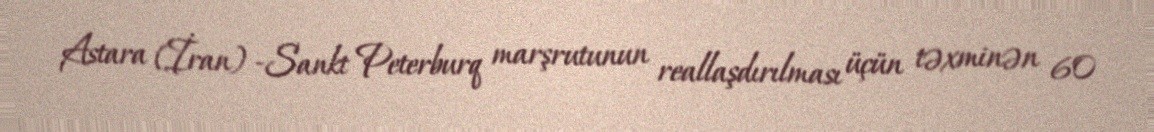
Astara (İran) -Sankt Peterburq marşrutunun reallaşdırılması üçün təxminən 60